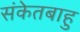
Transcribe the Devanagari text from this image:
संकेतबाहु